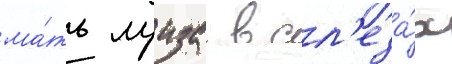
ма́ть луиза в сл'еза́х